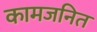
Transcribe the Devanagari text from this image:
कामजनित